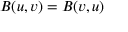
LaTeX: B ( u , v ) = B ( v , u )